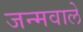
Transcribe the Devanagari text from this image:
जन्मवाले